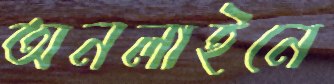
অনলাইনে